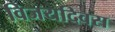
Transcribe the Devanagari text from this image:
विजयदिवस